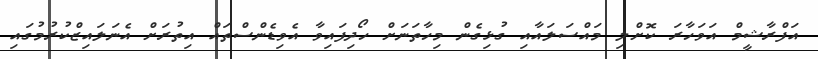
އަފްރާޝީމް އަވަހާރަ ކޮށްލި މައްސަލައާއި ގުޅިގެން މިހާތަނަށް ހޯދިފައިވާ އެވިޑެންސްތައް އިތުރަށް އެނަލައިޒްކުރުމުގައި